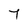
Character: 7